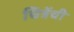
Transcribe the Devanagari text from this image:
चित्रेंची